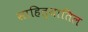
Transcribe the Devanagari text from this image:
साहित्यातिल